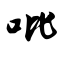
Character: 吡